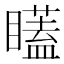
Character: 𭿫